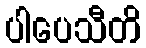
ပါပေသီတိ